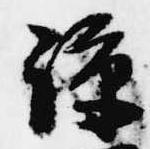
諒